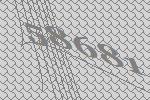
58681